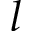
l